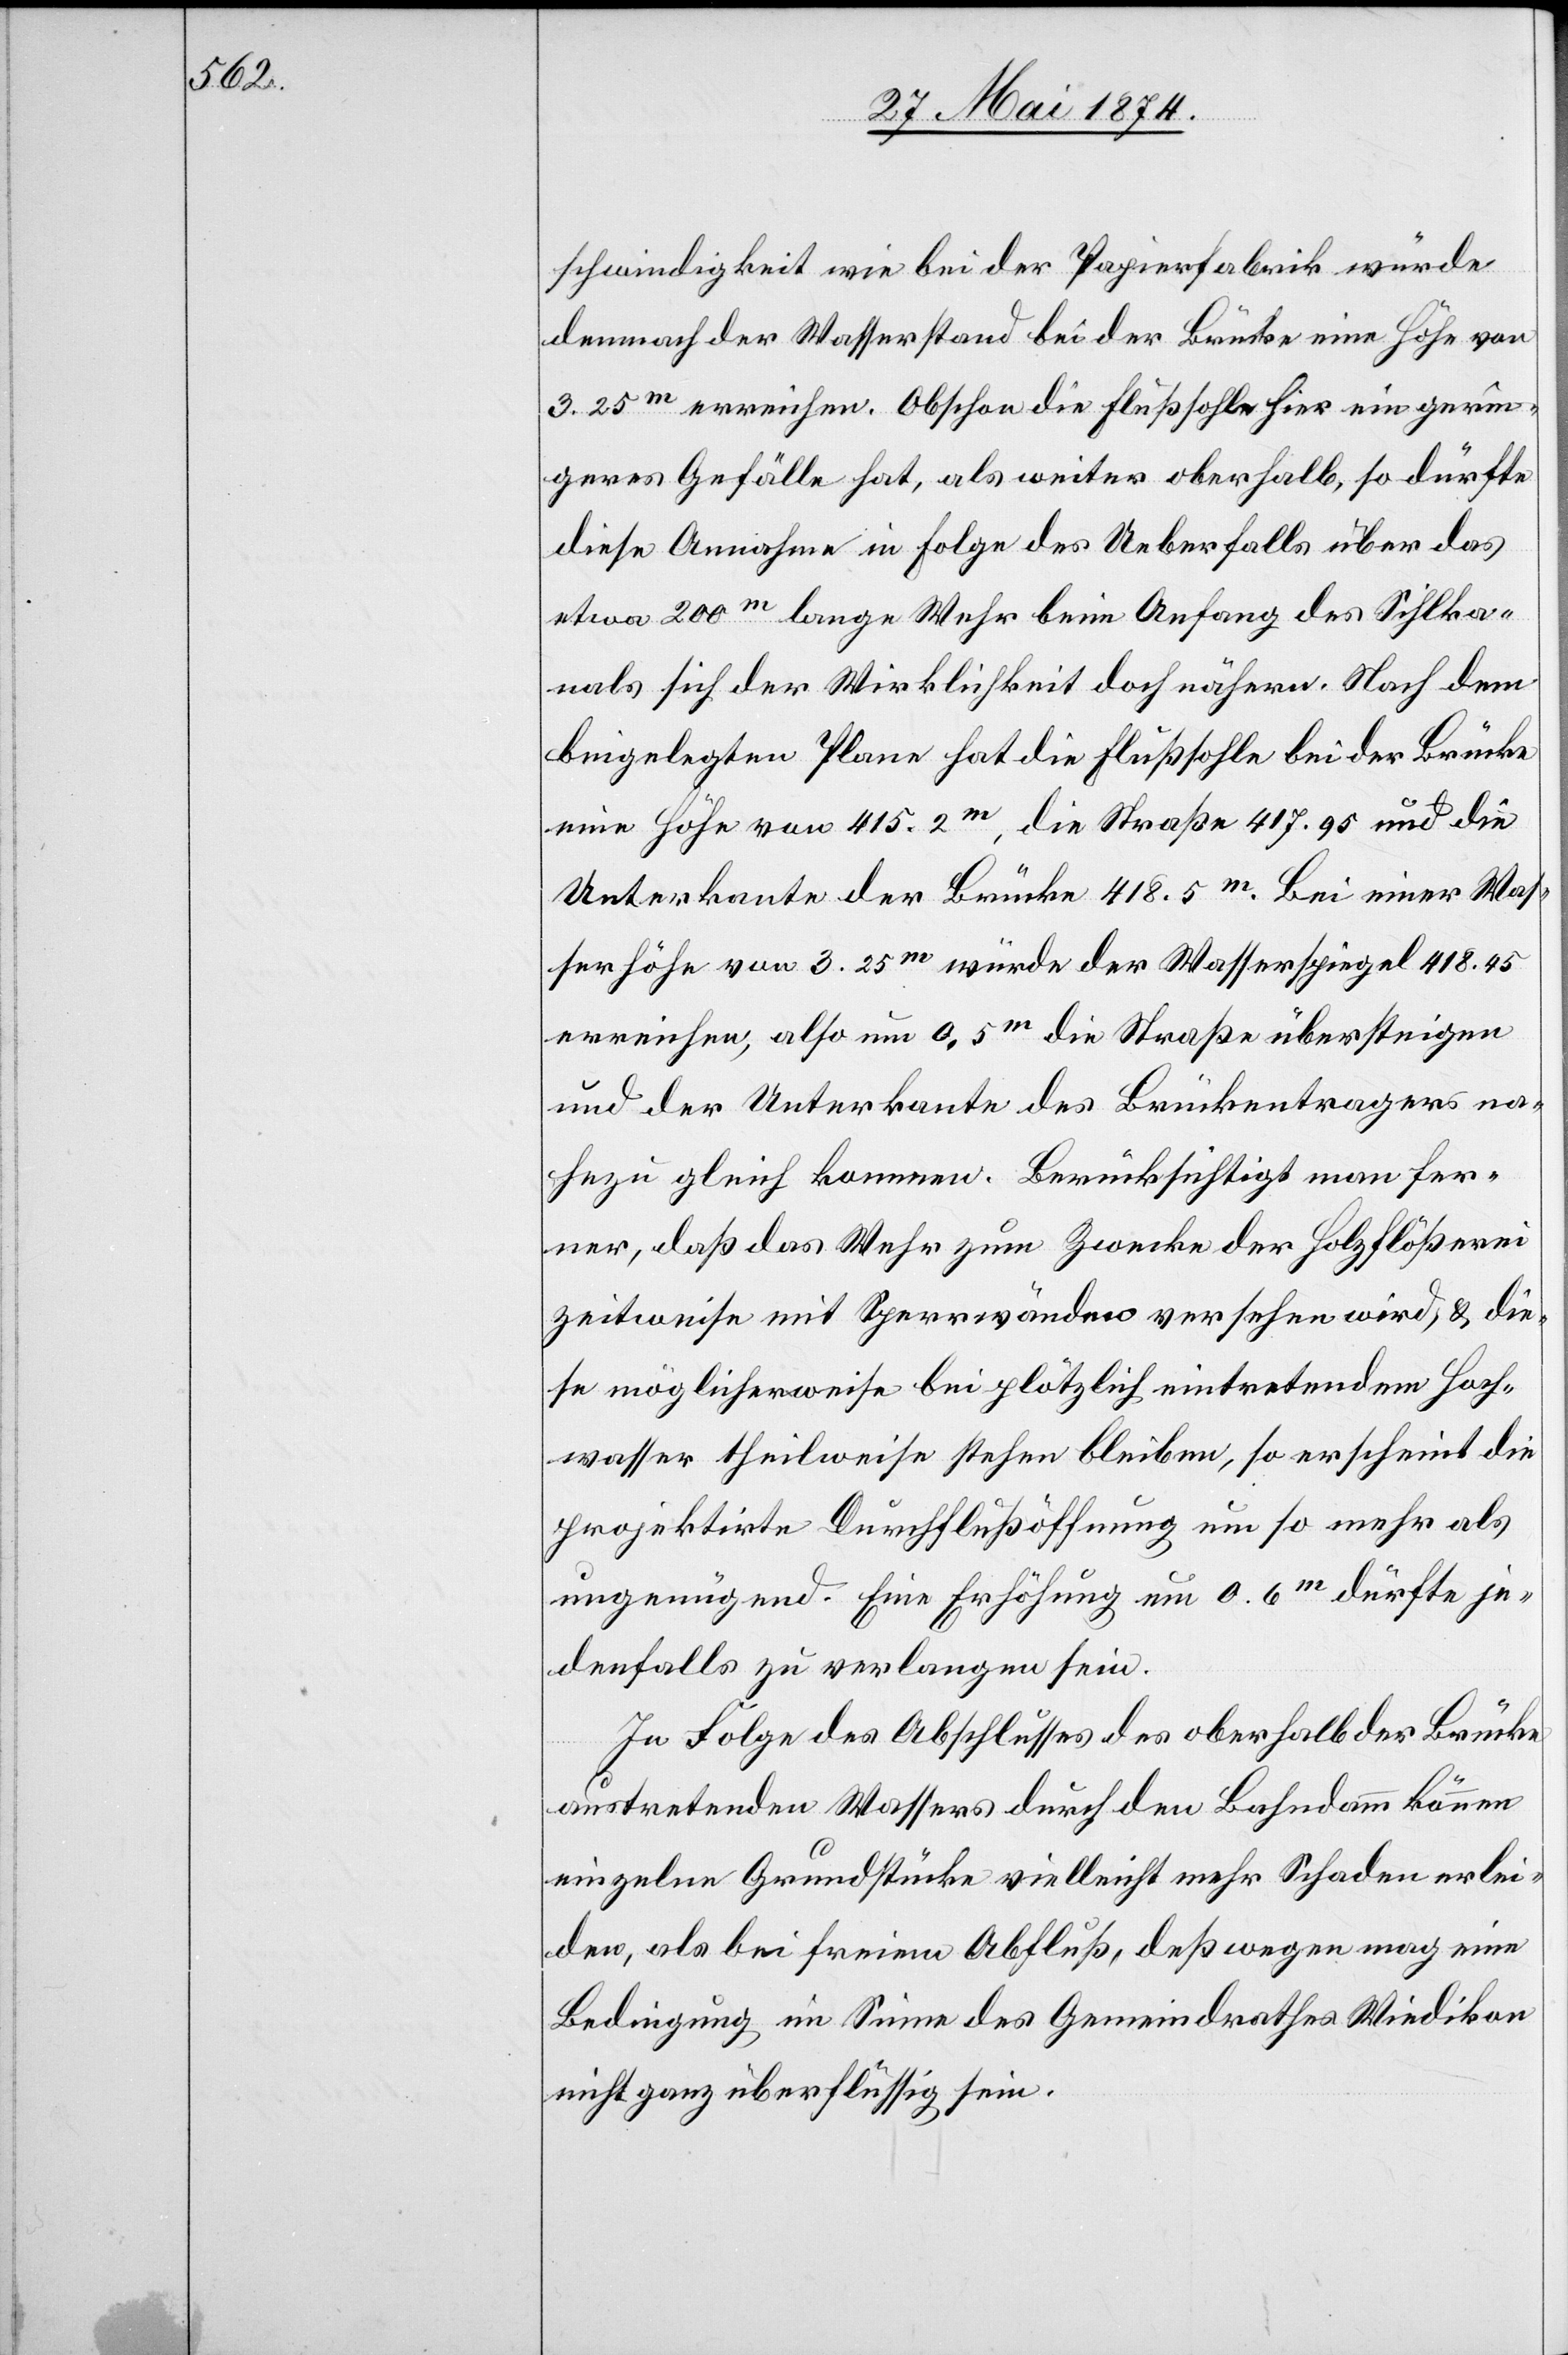
schwindigkeit wie bei der Papierfabrik würde
demnach der Wasserstand bei der Brücke eine Höhe von
3.25m erreichen. Obschon die Flußsohle hier ein gerin¬
geres Gefälle hat, als weiter oberhalb, so dürfte
diese Annahme in Folge des Ueberfalls über das
etwa 200m lange Wehr beim Anfang des Sihlka¬
nals sich der Wirklichkeit doch nähern. Nach dem
beigelegten Plane hat die Flußsohle bei der Brücke
eine Höhe von 415.2m, die Straße 417.95 und die
Unterbaute der Brücke 418.5m. Bei einer Was¬
serhöhe von 3.25m würde der Wasserspiegel 418.45
erreichen, also um 0.5m die Straße übersteigen
und der Unterbaute des Brückentragers na¬
hezu gleich kommen. Berücksichtigt man fer¬
ner, daß das Wehr zum Zwecke der Holzflößerei
zeitweise mit Sperrwänden versehen wird, u. die¬
se möglicherweise bei plötzlich eintretendem Hoch¬
wasser theilweise stehen bleiben, so erscheint die
projektirte Durchflußöffnung um so mehr als
ungenügend. Eine Erhöhung um 0.6m dürfte je¬
denfalls zu verlangen sein.
In Folge des Abschlusses des oberhalb der Brücke
austretenden Wassers durch den Bahndamm können
einzelne Grundstücke vielleicht mehr Schaden erlei¬
den, als bei freiem Abfluß, deßwegen mag eine
Bedingung im Sinne des Gemeindrathes Wiedikon
nicht ganz überflüssig sein.